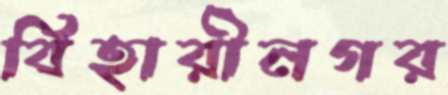
বিহারীনগর